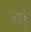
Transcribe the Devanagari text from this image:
मार्कु